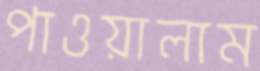
পাওয়ালাম